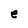
Character: e